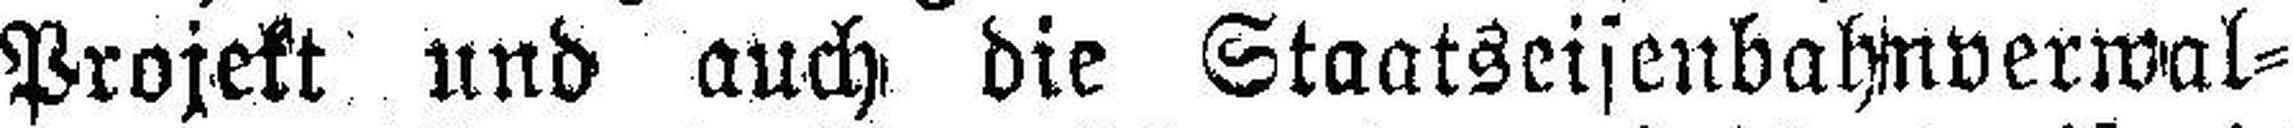
Projekt und auch die Staatseisenbahnverwal¬